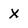
Character: x